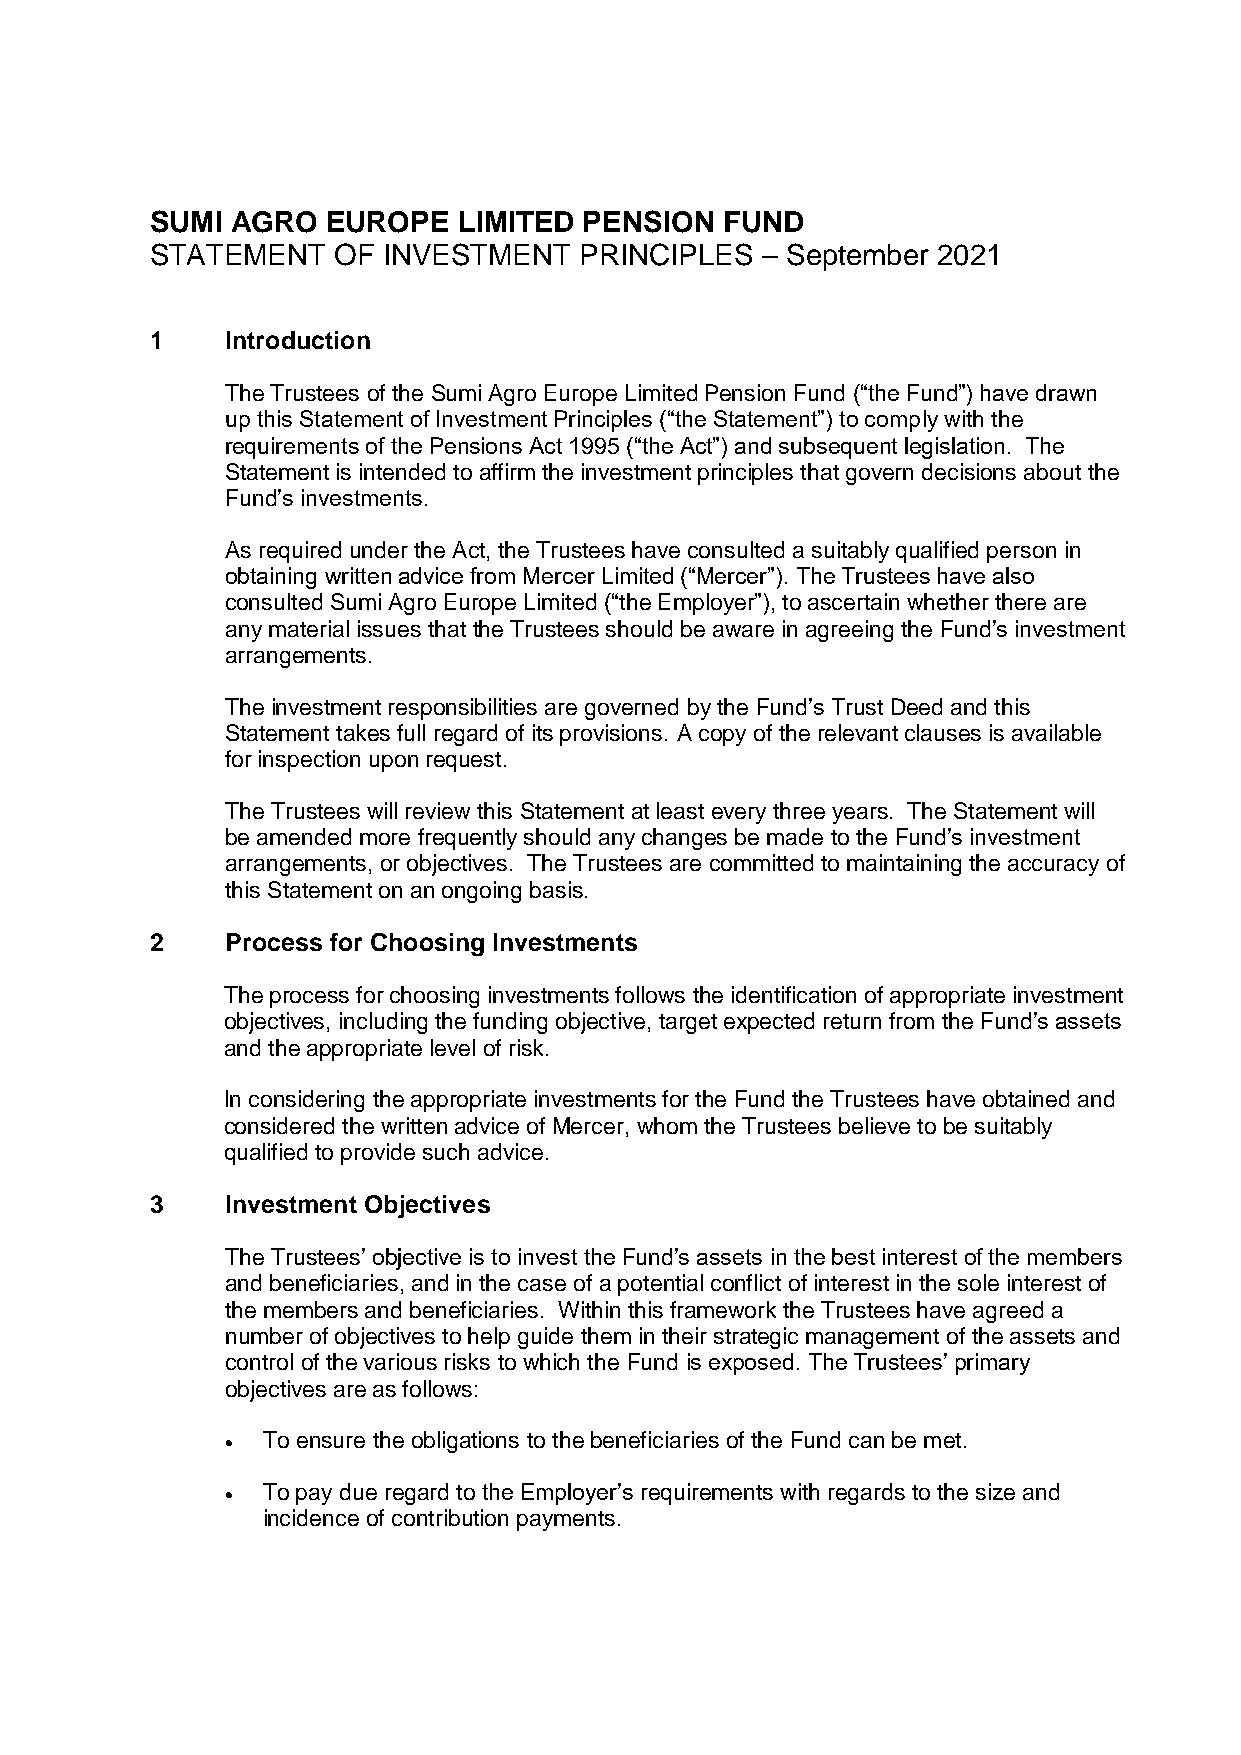
SUMI AGRO   EUROPE  LIMITED  PENSION  FUND
 STATEMENT   OF INVESTMENT   PRINCIPLES  – September 2021
 1    Introduction
 The Trustees of the Sumi Agro Europe Limited Pension Fund (“the Fund”) have drawn
 up this Statement of Investment Principles (“the Statement”) to comply with the
 requirements of the Pensions Act 1995 (“the Act”) and subsequent legislation. The
 Statement is intended to affirm the investment principles that govern decisions about the
 Fund’s investments.
 As required under the Act, the Trustees have consulted a suitably qualified person in
 obtaining written advice from Mercer Limited (“Mercer”). The Trustees have also
 consulted Sumi Agro Europe Limited (“the Employer”), to ascertain whether there are
 any material issues that the Trustees should be aware in agreeing the Fund’s investment
 arrangements.
 The investment responsibilities are governed by the Fund’s Trust Deed and this
 Statement takes full regard of its provisions. A copy of the relevant clauses is available
 for inspection upon request.
 The Trustees will review this Statement at least every three years. The Statement will
 be amended more frequently should any changes be made to the Fund’s investment
 arrangements, or objectives. The Trustees are committed to maintaining the accuracy of
 this Statement on an ongoing basis.
 2    Process for Choosing Investments
 The process for choosing investments follows the identification of appropriate investment
 objectives, including the funding objective, target expected return from the Fund’s assets
 and the appropriate level of risk.
 In considering the appropriate investments for the Fund the Trustees have obtained and
 considered the written advice of Mercer, whom the Trustees believe to be suitably
 qualified to provide such advice.
 3    Investment Objectives
 The Trustees’ objective is to invest the Fund’s assets in the best interest of the members
 and beneficiaries, and in the case of a potential conflict of interest in the sole interest of
 the members and beneficiaries. Within this framework the Trustees have agreed a
 number of objectives to help guide them in their strategic management of the assets and
 control of the various risks to which the Fund is exposed. The Trustees’ primary
 objectives are as follows:
  To ensure the obligations to the beneficiaries of the Fund can be met.
  To pay due regard to the Employer’s requirements with regards to the size and
 incidence of contribution payments.